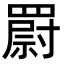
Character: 罻